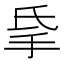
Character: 𰓅